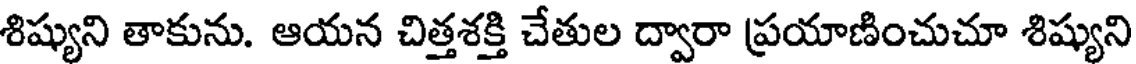
శిష్యుని తాకును. ఆయన చిత్తశక్తి చేతుల ద్వారా ప్రయాణించుచూ శిష్యుని